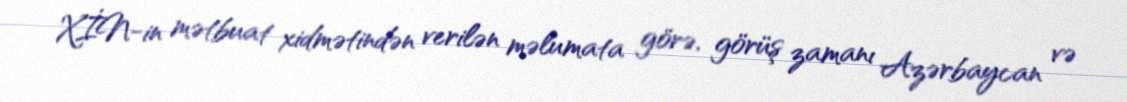
XİN-in mətbuat xidmətindən verilən məlumata görə, görüş zamanı Azərbaycan və